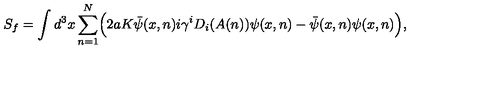
S _ { f } = \int d ^ { 3 } x \sum _ { n = 1 } ^ { N } \Bigl ( 2 a K \bar { \psi } ( x , n ) i \gamma ^ { i } D _ { i } ( A ( n ) ) \psi ( x , n ) - \bar { \psi } ( x , n ) \psi ( x , n ) \Bigr ) ,